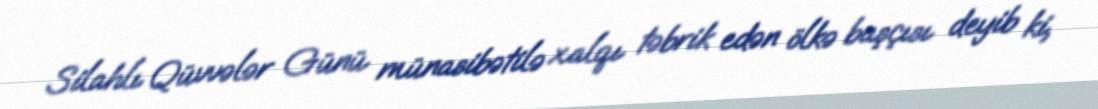
Silahlı Qüvvələr Günü münasibətilə xalqı təbrik edən ölkə başçısı deyib ki,